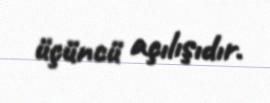
üçüncü açılışıdır.